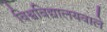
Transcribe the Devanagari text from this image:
विश्वविद्यालयवाले